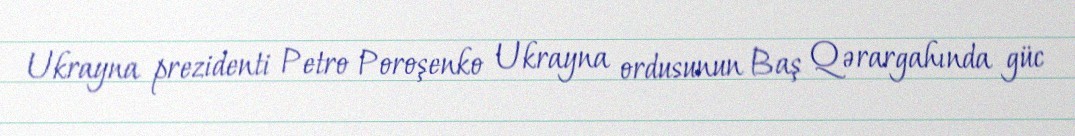
Ukrayna prezidenti Petro Poroşenko Ukrayna ordusunun Baş Qərargahında güc